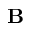
\mathbf { B }